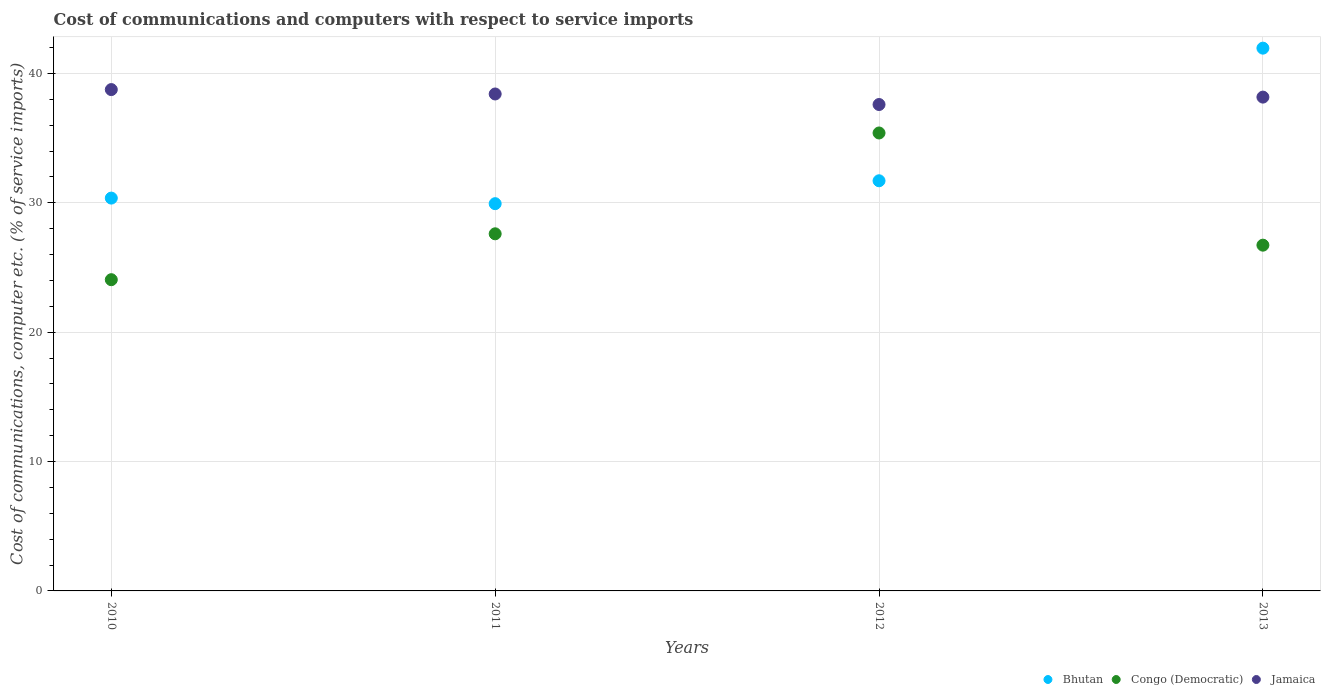
| Years | Bhutan | Congo (Democratic) | Jamaica |
 | --- | --- | --- | --- |
 | 2010 | 30.4 | 24.1 | 38.8 |
 | 2011 | 29.9 | 27.6 | 38.4 |
 | 2012 | 31.7 | 35.4 | 37.6 |
 | 2013 | 42 | 26.7 | 38.2 |